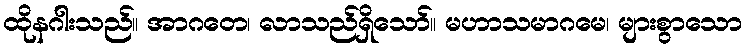
ထိုနဂါးသည်။ အာဂတေ၊ လာသည်ရှိသော်။ မဟာသမာဂမေ၊ များစွာသော